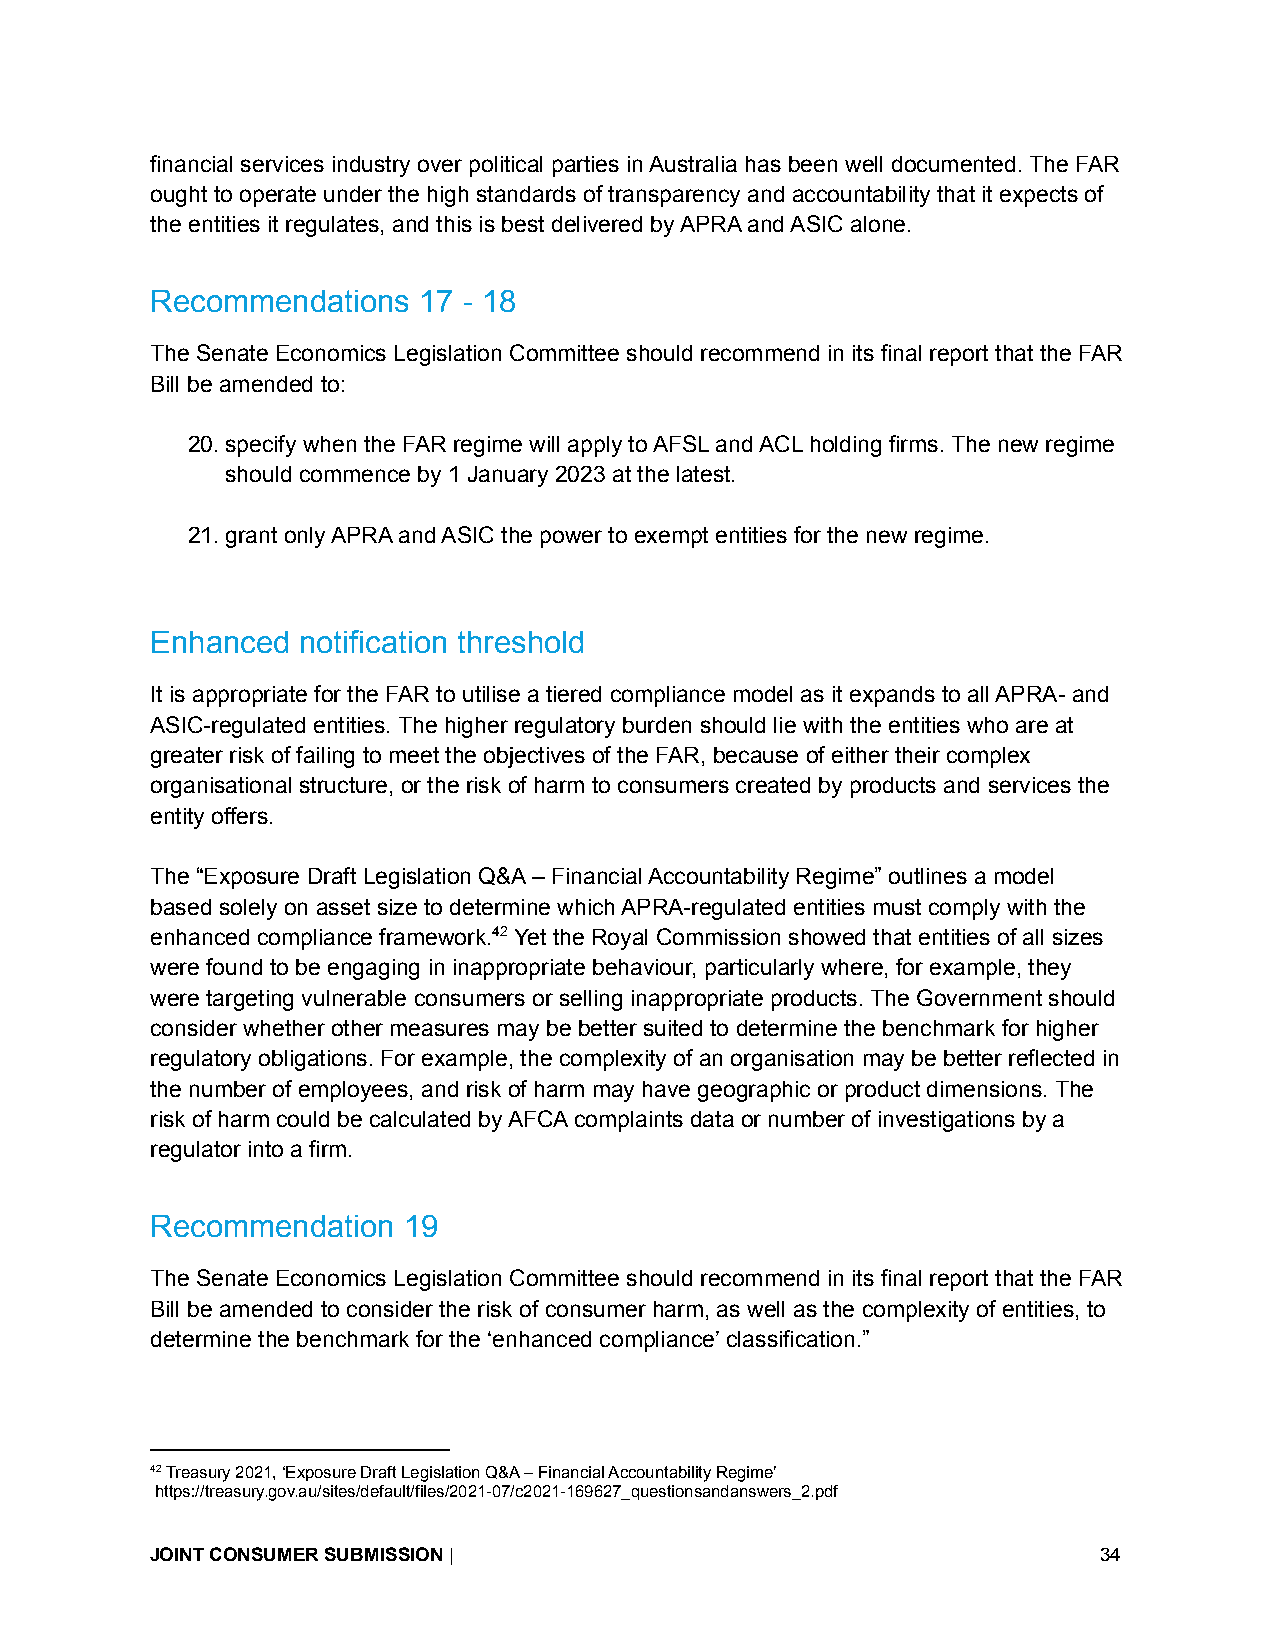
financial services industry over political parties in Australia has been well documented. The FAR
 ought to operate under the high standards of transparency and accountability that it expects of
 the entities it regulates, and this is best delivered by APRA and ASIC alone.
 Recommendations   17 - 18
 The Senate Economics Legislation Committee should recommend in its final report that the FAR
 Bill be amended to:
 20.specify when the FAR regime will apply to AFSL and ACL holding firms. The new regime
 should commence by 1 January 2023 at the latest.
 21.grant only APRA and ASIC the power to exempt entities for the new regime.
 Enhanced  notification threshold
 It is appropriate for the FAR to utilise a tiered compliance model as it expands to all APRA- and
 ASIC-regulated entities. The higher regulatory burden should lie with the entities who are at
 greater risk of failing to meet the objectives of the FAR, because of either their complex
 organisational structure, or the risk of harm to consumers created by products and services the
 entity offers.
 The “Exposure Draft Legislation Q&A – Financial Accountability Regime” outlines a model
 based solely on asset size to determine which APRA-regulated entities must comply with the
 enhanced compliance framework.42 Yet the Royal Commission showed that entities of all sizes
 were found to be engaging in inappropriate behaviour, particularly where, for example, they
 were targeting vulnerable consumers or selling inappropriate products. The Government should
 consider whether other measures may be better suited to determine the benchmark for higher
 regulatory obligations. For example, the complexity of an organisation may be better reflected in
 the number of employees, and risk of harm may have geographic or product dimensions. The
 risk of harm could be calculated by AFCA complaints data or number of investigations by a
 regulator into a firm.
 Recommendation   19
 The Senate Economics Legislation Committee should recommend in its final report that the FAR
 Bill be amended to consider the risk of consumer harm, as well as the complexity of entities, to
 determine the benchmark for the ‘enhanced compliance’ classification.”
 42Treasury 2021, ‘Exposure Draft Legislation Q&A – Financial Accountability Regime’
 https://treasury.gov.au/sites/default/files/2021-07/c2021-169627_questionsandanswers_2.pdf
 JOINT CONSUMER SUBMISSION|                                     34